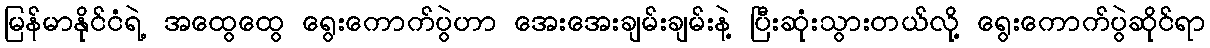
မြန်မာနိုင်ငံရဲ့ အထွေထွေ ရွေးကောက်ပွဲဟာ အေးအေးချမ်းချမ်းနဲ့ ပြီးဆုံးသွားတယ်လို့ ရွေးကောက်ပွဲဆိုင်ရာ